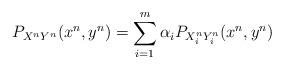
LaTeX: \begin{align*} P_{X^nY^n}(x^n,y^n)&=\sum_{i=1}^m \alpha_i P_{X_i^nY_i^n}(x^n,y^n)\end{align*}